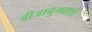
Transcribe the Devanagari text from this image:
बीजानुभवाशी